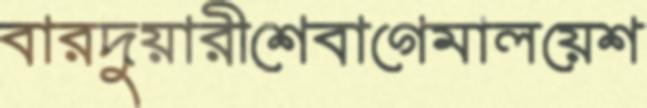
বারদুয়ারীশেবাগেমালয়েশ